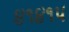
૪૧૪૧૫